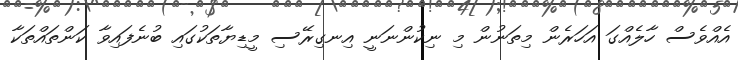
އެއްވެސް ހާލެއްގަ އަހަރެން މިތަނުން މި ނިކުންނަނީ އިނގިރޭސި މީޑިޔާތަކުގައި ބުނެފައިވާ ކަންތައްތަކާ